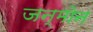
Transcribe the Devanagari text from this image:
जन्मोन